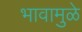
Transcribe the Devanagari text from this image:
भावामुळे